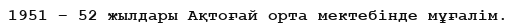
1951 – 52 жылдары Ақтоғай орта мектебінде мұғалім.